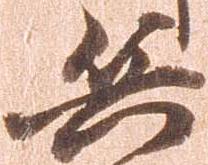
兵